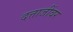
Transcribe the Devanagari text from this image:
दत्ताजींवर